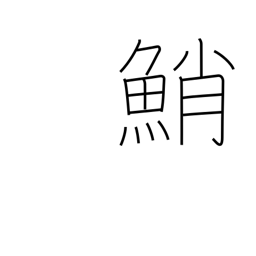
Meaning: octopus